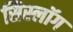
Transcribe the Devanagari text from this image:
सिस्लॉग